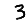
Digit: 3